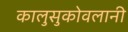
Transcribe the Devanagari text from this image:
कालुसुकोवलानी